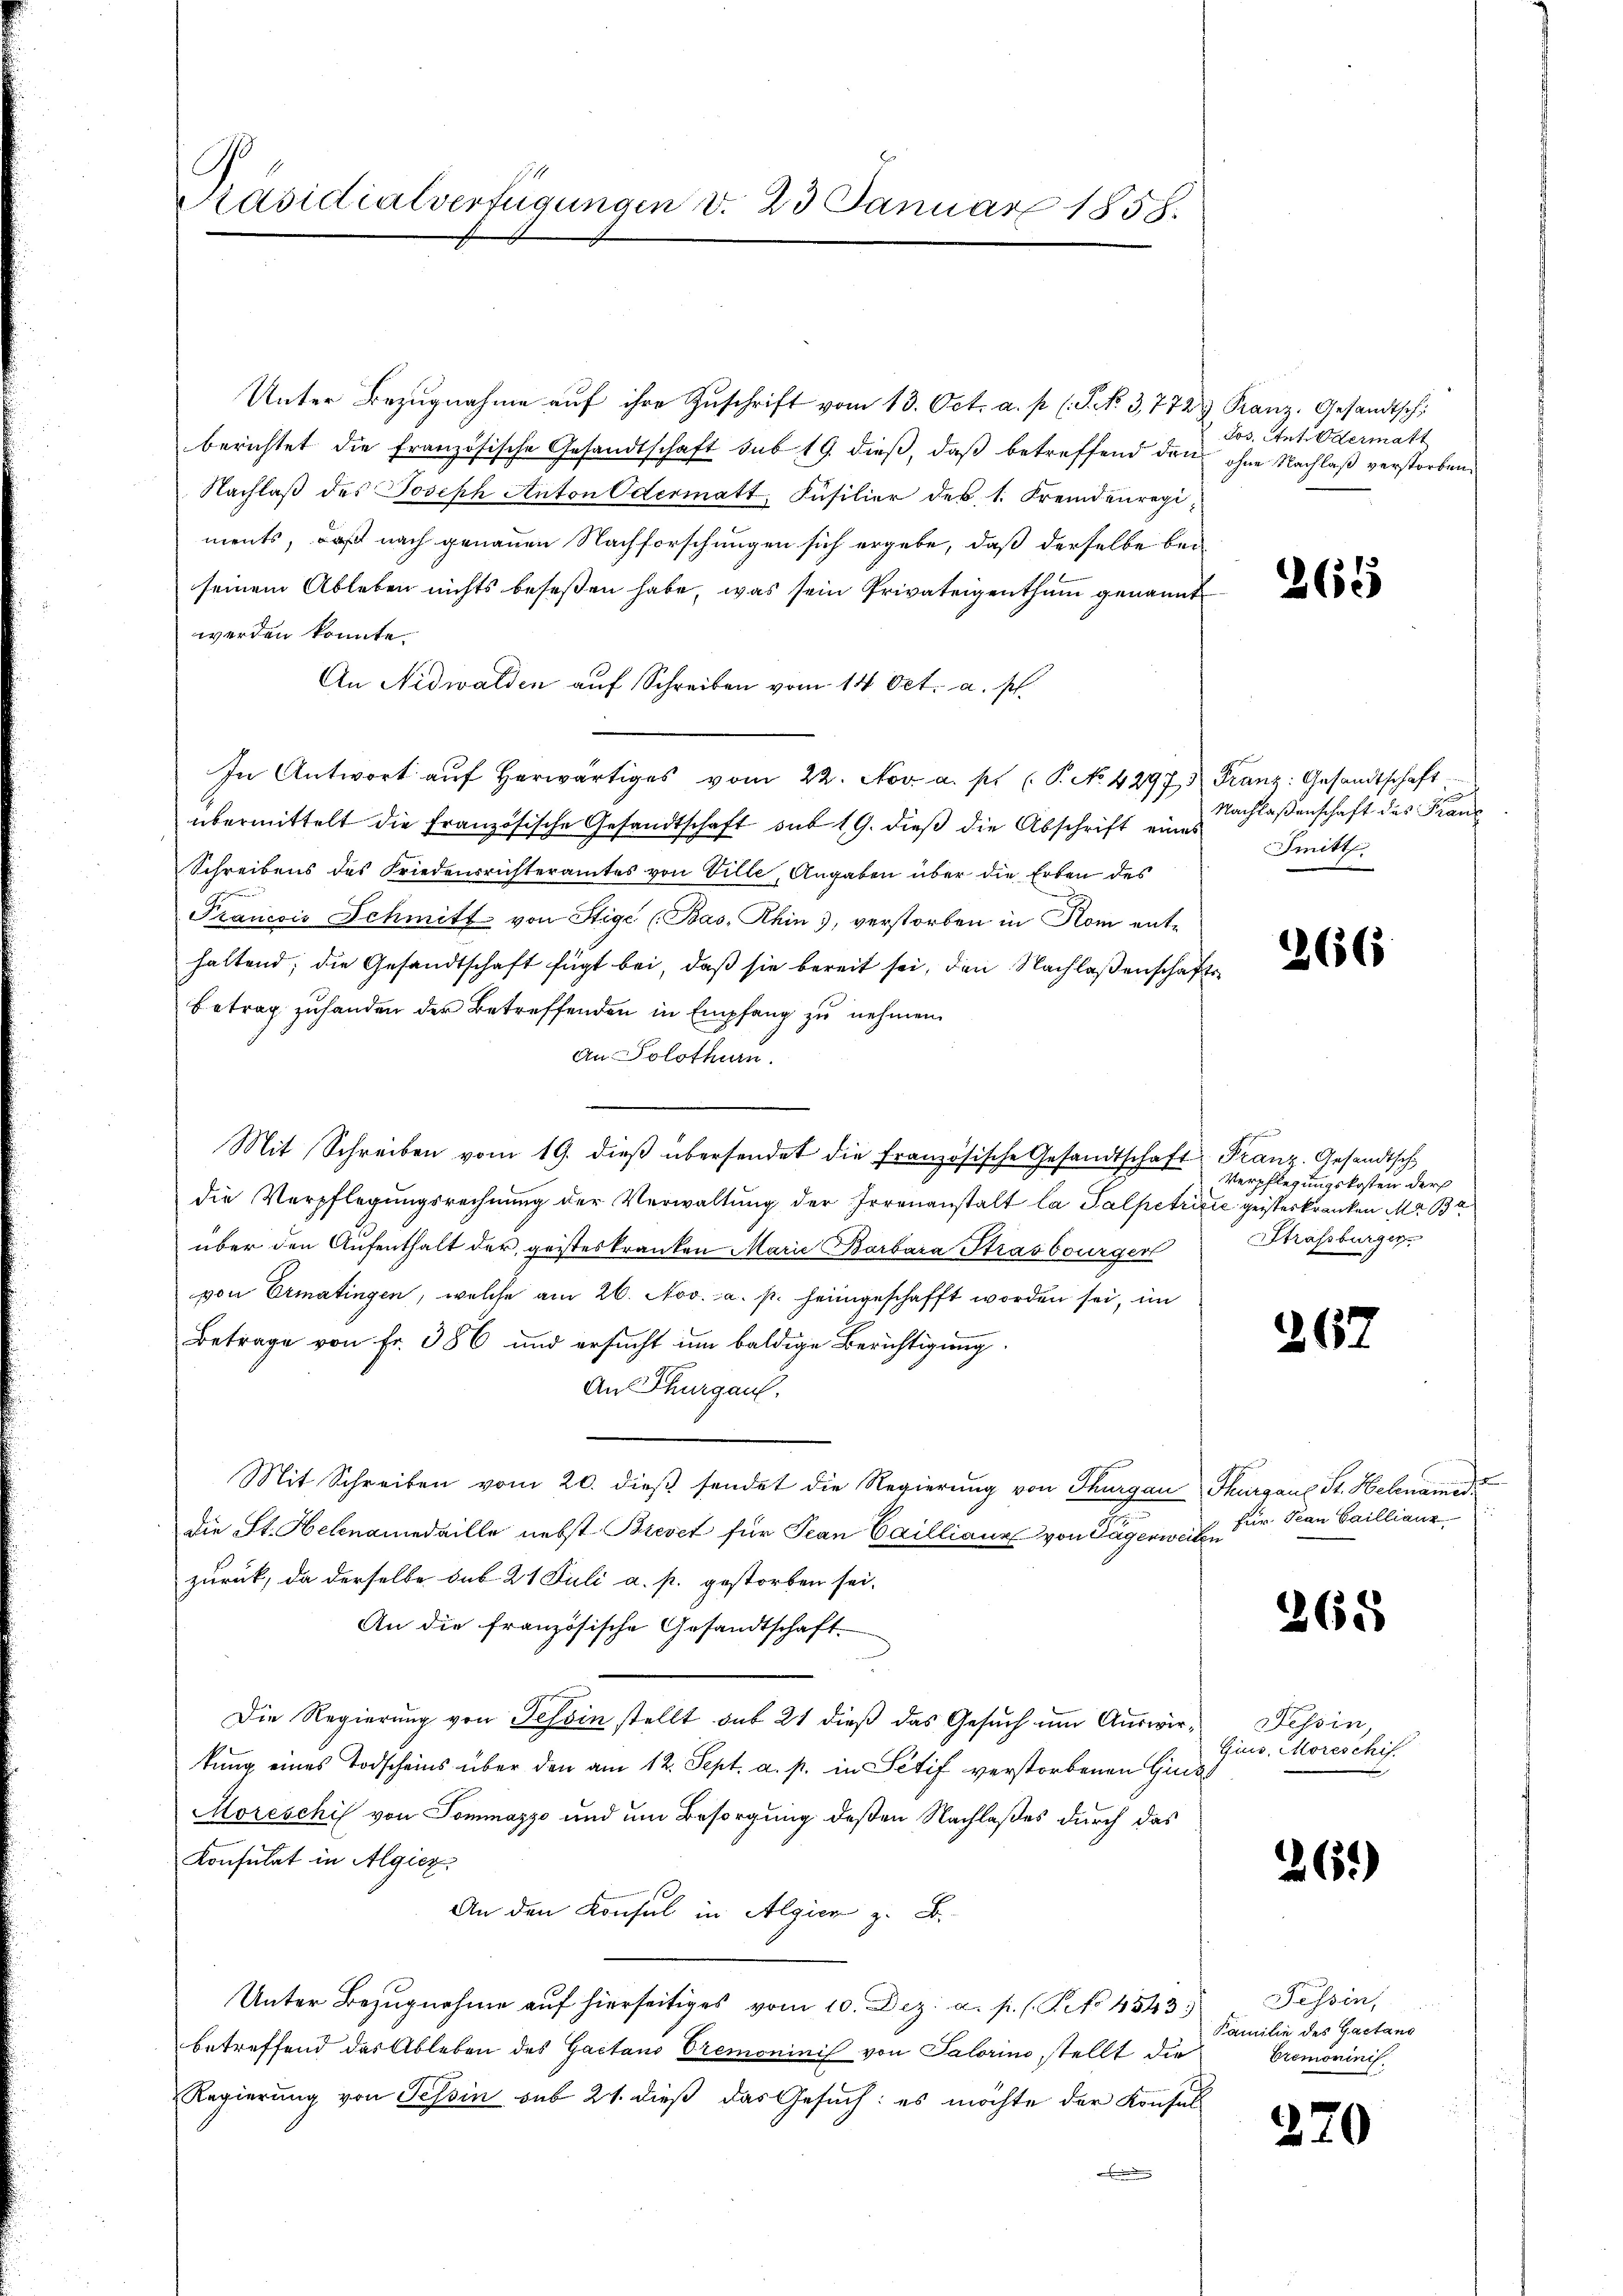
Präsidialverfügungen v. 23 Januar 1858.

Unter Bezugnahme auf ihre Zuschrift vom 13. Oct. a. p. (P. NNo. 3772
berichtet die Französische Gesandtschaft sub 19. dieß, daß betreffend den
Nachlaß des Joseph Anton Odermatt, Füsilier des 1. Fremdenregiments, daß nach genauen Nachforschungen sich ergebe, daß derselbe bei
seinem Ableben nichts beseßen habe, was sein Privateigenthum genannt
werden konnte.
An Nidwalden auf Schreiben vom 14 Oct. a. p.
In Antwort aŭf herwärtiges vom 22. Nov. a. p. (P. No 4297, Franz: Gesandtschaft
übermittelt die französische Gesandtschaft sub 19. dieß die Abschrift eines
Schreibens des Friedensrichteramtes von Ville, Angaben über die Erben des
Francois Schmitt von Stige (Bas- Rhin, verstorben in Rom enthaltend; die Gesandtschaft fügt bei, daß sie bereit sei, den Nachlaßenschaf¬
Betrag zuhanden der Betreffenden in Empfang zu nehmen
An Solothurn.
Mit Schreiben vom 19. dieβ übersendet die französische Gesandtschaft Franz. Gesandtsch
die Verpflegungsrechnung der Verwaltung der Irrenanstalt la Salpetrizie geisterkranken Ma Ba
über den Aufenthalt der geisteskranken Marie Barbara Strasbourger
von Ermatingen, welche am 26. Nov. a. p. heimgeschafft worden sei, im
Betrage von Fr. 386 und ersucht um baldige Berichtigung.
An Thurgau,
Mit Schreiben vom 20. dieß sendet die Regierung von Thurgau
die St. Hebamedaille nebst Brevet für Jean Cailliaur von Tägerweiten
zurück, da derselbe sub 21 Juli a. p. gestorben sei.
An die französische Gesandtschaft
Die Regierung von Tessin stellt sub 21 dieß das Gesuch um Auswirtung eines Todscheins über den am 12. Sept. a. p. in Sctif verstorbenen Hin¬
Moreschi von Sommazzo und um Besorgung deßen Nachlaßes durch das
Konsulat in Algier
An den Konsul in Algien z. B.
Unter Bezugnahme auf hierseitiges vom 10. Dez. a. p. (S. 4543. Tessin,
betreffend das Ableben des Gaetano Cremoninis von Salorino stellt die
Regierung von Tessin sub 21. dieß das Gesuch: es möchte der Konsul-

Ranz. Gesandtsch
Jos. Ant. Odermatt
ohne Nachlaß verstorben.

.

265

Nachlaßenschaft des Franz
Smitt

266

Verpflegungskosten der
Strassburger

265.

Thurgaus Sr. Helenamen
für Plan Saillianz

365

Tessin,
Gius, Moreschif

26.)

Familie des Gaetano
Bremoninis

270